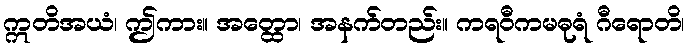
ဣတိအယံ၊ ဤကား။ အတ္ထော၊ အနက်တည်း။ ကရဝီကမဓုရံ ဂီရောတိ၊